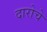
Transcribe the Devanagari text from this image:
दारोचे